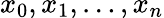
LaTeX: x_{0},x_{1},\dotsc,x_{n}